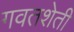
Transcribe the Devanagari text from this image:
गवतशेती